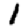
Digit: 1